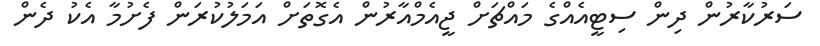
ސަރުކާރުން ދިން ސިޓީއެއްގެ މައްޗަށް ޖީއެމްއާރުން އެގޮތަށް އަމަލުކުރަން ފެށުމާ އެކު ދެން